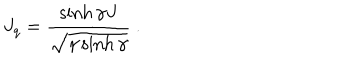
LaTeX: J _ { q } = \displaystyle \frac { \sinh \gamma J } { \sqrt { \gamma \sinh \gamma } } ~ .